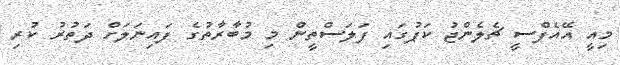
މިއީ އޭއެފްސީ ޗެލެންޖު ކަޕުގައި ފަލަސްތީން މި މުބާރާތުގެ ފައިނަލަށް ދަތުރު ކުރި